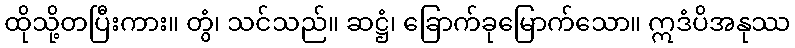
ထိုသို့တပြီးကား။ တွံ၊ သင်သည်။ ဆဋ္ဌံ၊ ခြောက်ခုမြောက်သော။ ဣဒံပိအနုဿ